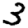
Digit: 3